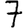
Digit: 7